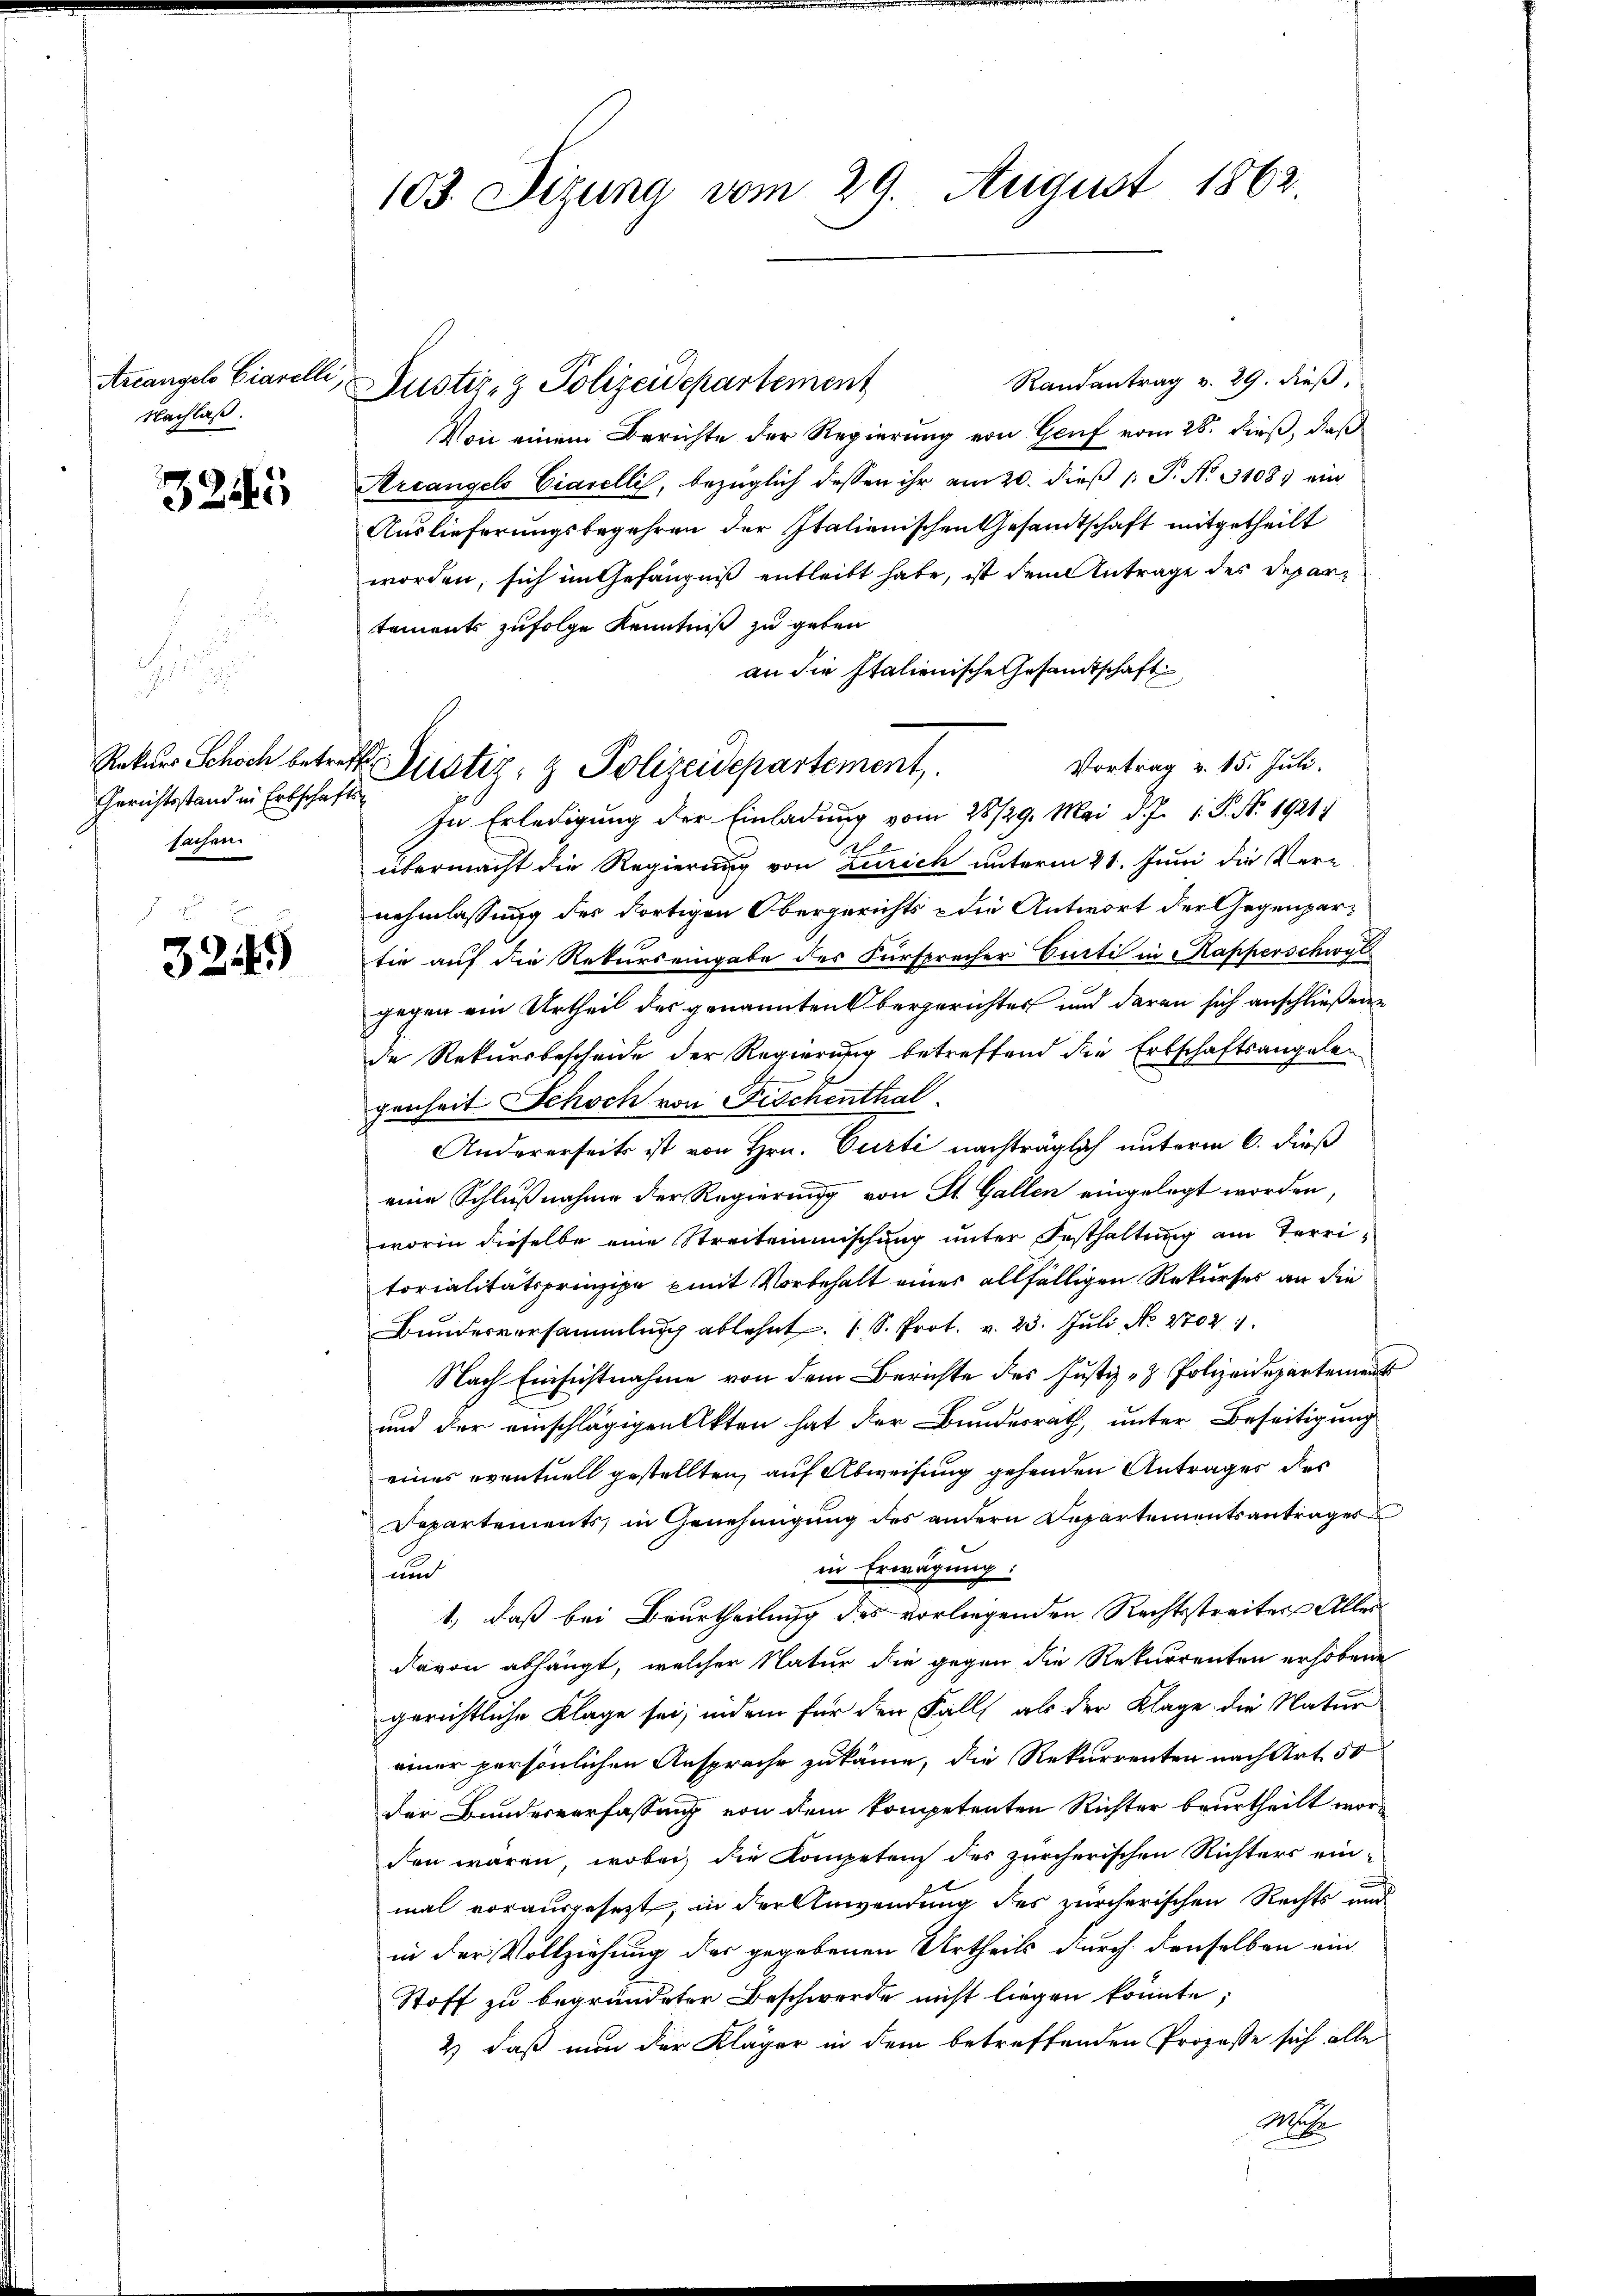
Areangelo Ciarelli
Nachlaß.

3245

Gerichtsstand in Erbschafts
sachen.

f
3249)

103. Sizung vom 29. August 1862.

Randantrag v. 29. dieß,
Austiz- & Polizeidepartement
Von einem Berichte der Regierung von Genf vom 28. dieß, daß
Areangels Ciarelli, bezüglich dessen ihr am 20. dieβ (: P. No. 3108) ein
Auslieferungsbegehren der Italienischen Gesandtschaft mitgetheilt
worden, sich im Gefängniß entleibt habe, ist dem Antrage des Departements zufolge Kenntniß zu geben
an die Italienische Gesandtschaft
Vortrag v. 15. Juli.
In Erledigung der Einladung vom 28/29. Mai d. J. 1 S. No. 1921/
e
übermacht die Regierung von Zürich unterm 21. Juni die Ver-
nehmlassung der dortigen Obergerichts - die Antwort der Gegenpartie auf die Rekurs eingabe des Fürsprecher Curti in Kapperschwyl
gegen ein Urtheil der genannten bergerichtes und daran sich anschließene
de Rekursbescheide der Regierung betreffend die Erbschaftsangelegenheit Schoch von Fischenthal
Andererseits ist von Hrn. Curti nachträglich unterm 6. Fuß
eine Schlußnahme der Regierung von St. Gallen eingelegt worden,
worin dieselbe eine Streitemimischung unter Festhaltung am Territorialitätsprinzipe mit Vorbehalt eines allfälligen Rekurses an die
Bundesversammlung ablehnt. 1 S. Prot. v. 23. Juli No. 2702. 1
Nach Einsichtnahme von dem Berichte des Justiz- & Polizeidepartements
und der einschlägigen Akten hat der Bundesrath, unter Beseitigung
eines eventuell gestellten auf Abweisung gehenden Antrages des
Departements, in Genehmigung des andern Departementsantrages
in Erwägung:
und
1., daß bei Beurtheilung des vorliegenden Rechtsstreiter Alles
davon abhängt, welcher Natur die gegen die Rekurrenten erhobene
gerichtliche Klage sei, indem für den Falls als der Klage die Natur
einer persönlichen Ansprache zukäme, die Rekurrenten nach Art. 50
der Bundesverfassung von dem kompetenten Richter beurtheilt worden wären, wobei, die Kompetenz des zürcherischen Richters ein-
mal vorausgesetzt, in der Anwendung des zürcherischen Rechts und
in der Vollziehung des gegebenen Urtheils durch denselben ein
Stoff zu begründeter Beschwerde nicht liegen könnte;
2) daß nun der Kläger in dem betreffenden Prozesse sich alle
Mache

Rekurs Schoch betreff Gustiz- & Polizeidepartement,